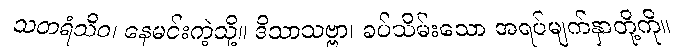
သတရံသိဝ၊ နေမင်းကဲ့သို့။ ဒိသာသဗ္ဗာ၊ ခပ်သိမ်းသော အရပ်မျက်နှာတို့ကို။